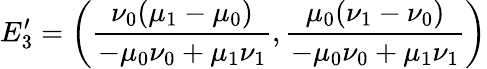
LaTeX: E_{3}^{\prime}=\bigg(\frac{\nu_{0}(\mu_{1}-\mu_{0})}{-\mu_{0}\nu_{0}+\mu_{1}\nu_{1}},\frac{\mu_{0}(\nu_{1}-\nu_{0})}{-\mu_{0}\nu_{0}+\mu_{1}\nu_{1}}\bigg)